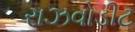
રાઝવોડીટ